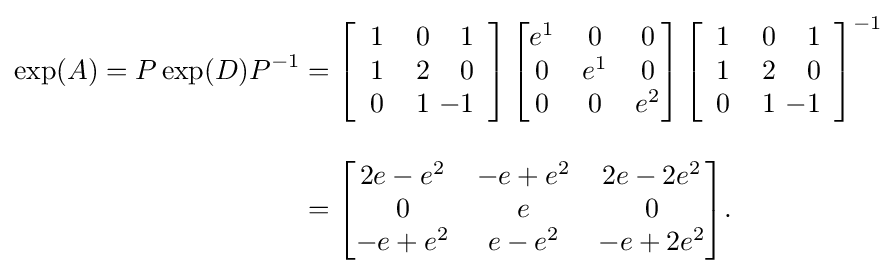
{\begin{aligned}\exp(A)=P\exp(D)P^{-1}&=\left[{\begin{array}{rrr}1&\,0&1\\1&2&0\\0&1&\!\!\!\!-1\end{array}}\right]{\begin{bmatrix}e^{1}&0&0\\0&e^{1}&0\\0&0&e^{2}\end{bmatrix}}\left[{\begin{array}{rrr}1&\,0&1\\1&2&0\\0&1&\!\!\!\!-1\end{array}}\right]^{-1}\\[1em]&={\begin{bmatrix}2e-e^{2}&-e+e^{2}&2e-2e^{2}\\0&e&0\\-e+e^{2}&e-e^{2}&-e+2e^{2}\end{bmatrix}}.\end{aligned}}